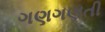
ગણગણતી